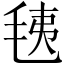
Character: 𣭯